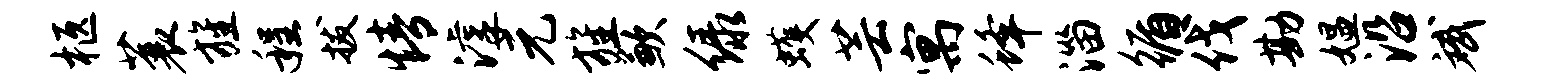
柩蓑旌程拔情滹元旌歉绿蠖芸寓蜂淄循伐勘媪沿斌